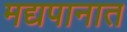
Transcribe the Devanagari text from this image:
मद्यपानात